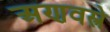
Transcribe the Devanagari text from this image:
अणवस्त्रे